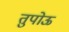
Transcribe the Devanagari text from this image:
तुपोऊ